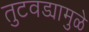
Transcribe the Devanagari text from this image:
तुटवड्यामुळे